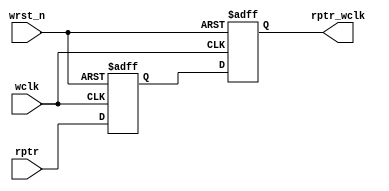
module sync_r2w #(parameter ADDRSIZE = 4)
(
	output reg [ADDRSIZE : 0] rptr_wclk,
	input [ADDRSIZE : 0] rptr,
	input wclk , wrst_n
);
	reg [ADDRSIZE : 0] rptr_wclk1;
	always @(posedge wclk or negedge wrst_n)begin
		if(~wrst_n)
			{rptr_wclk , rptr_wclk1} <= {0 , 0};
		else begin
			{rptr_wclk , rptr_wclk1} <= {rptr_wclk1 , rptr};
		end

	end


endmodule